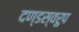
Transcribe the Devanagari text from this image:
दण्डस्वरुप